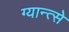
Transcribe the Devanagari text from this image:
ग्यान्त्से